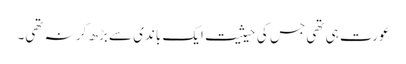
عورت ہی تھی جس کی حیثیت ایک باندی سے بڑھ کر نہ تھی۔